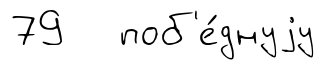
79 поб'е́днуjу